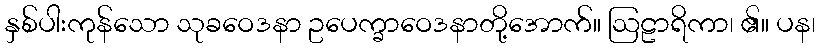
နှစ်ပါးကုန်သော သုခဝေဒနာ ဥပေက္ခာဝေဒနာတို့အောက်။ ဩဠာရိကာ၊ ၏။ ပန၊